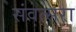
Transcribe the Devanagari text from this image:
संवत्सरा